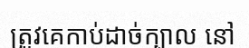
ត្រូវគេកាប់ដាច់ក្បាល នៅ